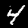
Label: 4